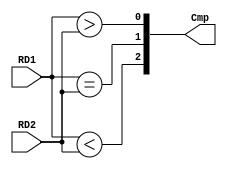
`timescale 1ns / 1ps
module CMP (
    input [31:0] RD1,
    input [31:0] RD2,
    output [2:0] Cmp
);
    
    assign Cmp[0] = RD1 > RD2;
    assign Cmp[1] = RD1 == RD2;
    assign Cmp[2] = RD1 < RD2;
endmodule